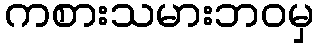
ကစားသမားဘဝမှ